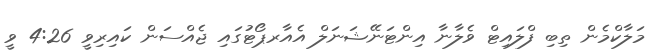
މަލާކްމެން ތިބި ފްލައިޓް ވެލާނާ އިންޓަނޭޝަނަލް އެއާރޕޯޓުގައި ޖެއްސަން ކައިރިވީ 4:26 ވީ